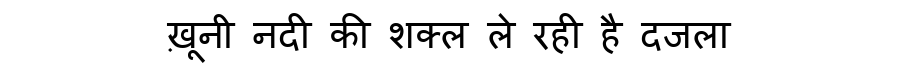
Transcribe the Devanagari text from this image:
ख़ूनी नदी की शक्ल ले रही है दजला